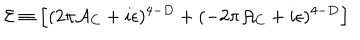
LaTeX: { \cal E } \equiv \Bigl [ ( 2 \pi { \cal A } _ { C } + i \epsilon ) ^ { 4 - D } + ( - 2 \pi { \cal A } _ { C } + i \epsilon ) ^ { 4 - D } \Bigr ]